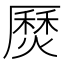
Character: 㷴